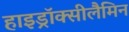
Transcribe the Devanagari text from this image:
हाइड्रॉक्सीलैमिन